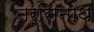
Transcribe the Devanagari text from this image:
नर्सिनाथ